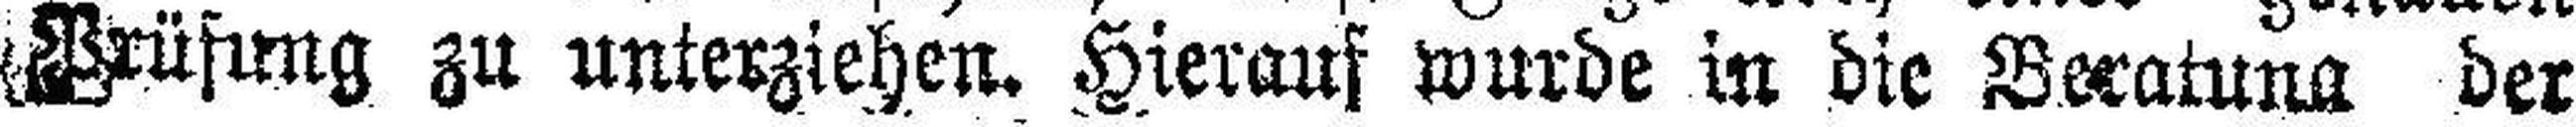
Prüfung zu unterziehen. Hierauf wurde in die Beratung der